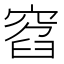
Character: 窞